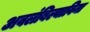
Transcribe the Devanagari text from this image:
अवलंबिल्याविना